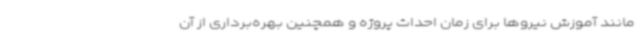
مانند آموزش نیروها برای زمان احداث پروژه و همچنین بهره‌برداری از آن